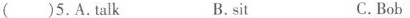
( )5.A.Talk B.sit C.Bob